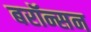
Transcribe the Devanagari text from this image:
बरॉन्सन